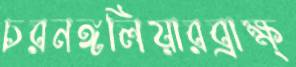
চরনঙ্গলিয়ারব্রাক্ষ্